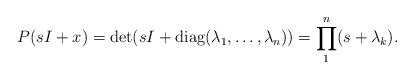
\begin{align*}\begin{aligned}P(sI+x)=\det(sI+\operatorname {diag} (\lambda_1 ,\dots,\lambda_n) )=\prod\limits_1^n(s+\lambda_k ).\end{aligned}\end{align*}